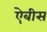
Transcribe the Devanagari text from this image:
ऐबीस